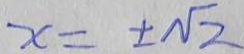
x = \pm \sqrt { 2 }